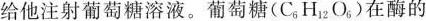
给他注射葡萄糖溶液。葡萄糖(C_{6}HA_{12}2O_{6}，)在酶的